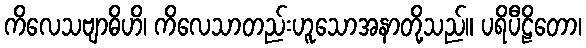
ကိလေသဗျာဓိဟိ၊ ကိလေသာတည်းဟူသောအနာတို့သည်။ ပရိပီဠိတော၊